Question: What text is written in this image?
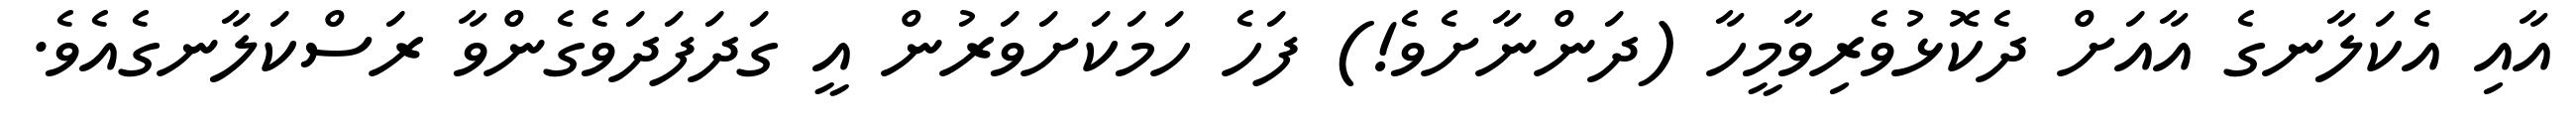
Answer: އާއި އެކަލާނގެ އާއަށް ދެކޮޅުވެރިވާމީހާ (ދަންނާށެވެ!) ފަހެ ހަމަކަށަވަރުން އީ ގަދަފަދަވެގެންވާ ރަސްކަލާނގެއެވެ.